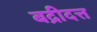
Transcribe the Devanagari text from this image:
बद्रीदत्त